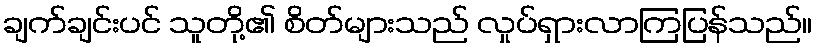
ချက်ချင်းပင် သူတို့၏ စိတ်များသည် လှုပ်ရှားလာကြပြန်သည်။